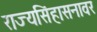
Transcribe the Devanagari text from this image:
राज्यसिंहासनावर